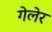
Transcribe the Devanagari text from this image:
गेलेर